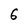
Character: 6